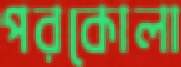
পরকোলা